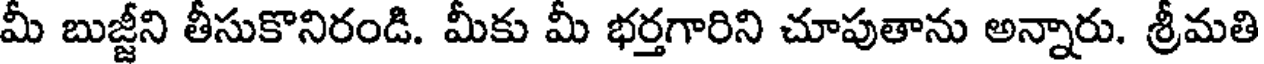
మీ బుజ్జీని తీసుకొనిరండి. మీకు మీ భర్తగారిని చూపుతాను అన్నారు. శ్రీమతి